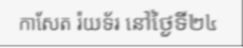
កាសែត រ៉យទ័រ នៅថ្ងៃទី២៤